Vaccination report Assam 1874-1896 - 1874-1896
Year: 1874
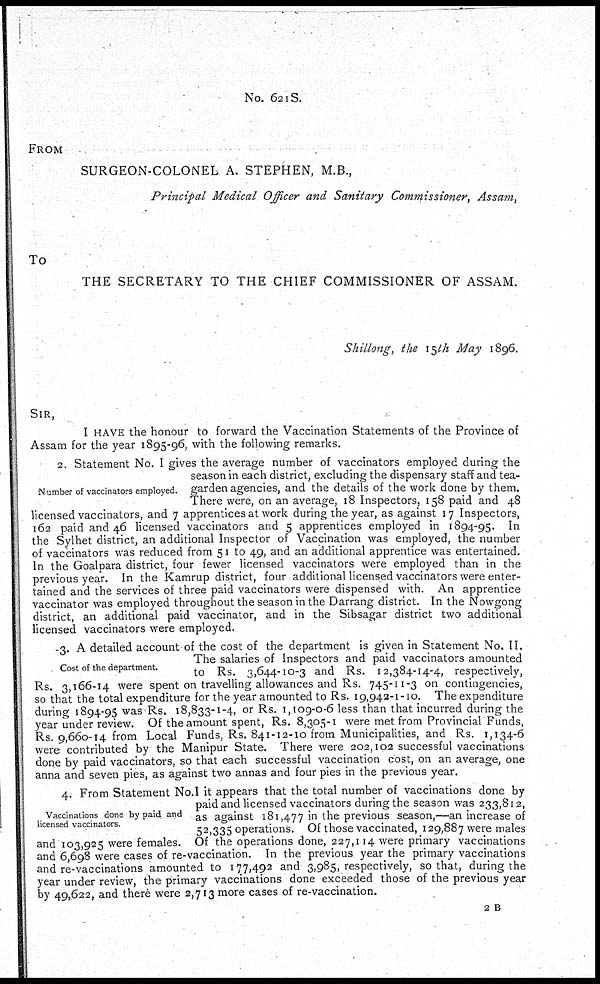
No. 621S.
FROM
SURGEON-COLONEL A. STEPHEN, M.B.,
Principal Medical Officer and Sanitary Commissioner, Assam,
To
THE SECRETARY TO THE CHIEF COMMISSIONER OF ASSAM.
Shillong, the 15th May 1896.
SIR,
I HAVE the honour to forward the Vaccination Statements of the Province of
Assam for the year 1895-96, with the following remarks.
Number of vaccinators employed.
2. Statement No. I gives the average number of vaccinators employed during the
season in each district, excluding the dispensary staff and tea-
garden agencies, and the details of the work done by them.
There were, on an average, 18 Inspectors, 158 paid and 48
licensed vaccinators, and 7 apprentices at work during the year, as against 17 Inspectors,
162 paid and 46 licensed vaccinators and 5 apprentices employed in 1894-95. In
the Sylhet district, an additional Inspector of Vaccination was employed, the number
of vaccinators was reduced from 51 to 49, and an additional apprentice was entertained.
In the Goalpara district, four fewer licensed vaccinators were employed than in the
previous year. In the Kamrup district, four additional licensed vaccinators were enter-
tained and the services of three paid vaccinators were dispensed with. An apprentice
vaccinator was employed throughout the season in the Darrang district. In the Nowgong
district, an additional paid vaccinator, and in the Sibsagar district two additional
licensed vaccinators were employed.
Cost of the department.
3. A detailed account of the cost of the department is given in Statement No. II.
The salaries of Inspectors and paid vaccinators amounted
to Rs. 3,644-10-3 and Rs. 12,384-14-4, respectively,
Rs. 3,166-14 were spent on travelling allowances and Rs. 745-11-3 on contingencies,
so that the total expenditure for the year amounted to Rs. 19,942-1-10. The expenditure
during 1894-95 was Rs. 18,833-1-4, or Rs. 1,109-0-6 less than that incurred during the
year under review. Of the amount spent, Rs. 8,305-1 were met from Provincial Funds,
Rs. 9,660-14 from Local Funds, Rs. 841-12-10 from Municipalities, and Rs. 1,134-6
were contributed by the Manipur State. There were 202,102 successful vaccinations
done by paid vaccinators, so that each successful vaccination cost, on an average, one
anna and seven pies, as against two annas and four pies in the previous year.
Vaccinations done by paid and
licensed vaccinators.
4. From Statement No.I it appears that the total number of vaccinations done by
paid and licensed vaccinators during the season was 233,812,
as against 181,477 in the previous season,—an increase of
52,335 operations. Of those vaccinated, 129,887 were males
and 103,925 were females. Of the operations done, 227,114 were primary vaccinations
and 6,698 were cases of re-vaccination. In the previous year the primary vaccinations
and re-vaccinations amounted to 177,492 and 3,985, respectively, so that, during the
year under review, the primary vaccinations done exceeded those of the previous year
by 49,622, and there were 2,713 more cases of re-vaccination.
2 B